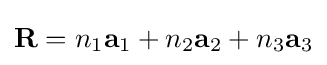
\mathbf {R} =n_{1}\mathbf {a} _{1}+n_{2}\mathbf {a} _{2}+n_{3}\mathbf {a} _{3}